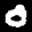
Label: 0